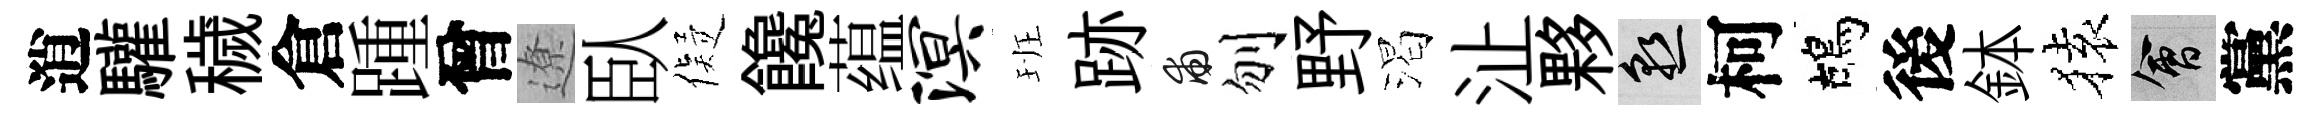
逍驩穢倉踵曾遼臥儗饞蕴溟班跡甫刎野渴沚夥熟柯鴣後鉢𫞤會黨